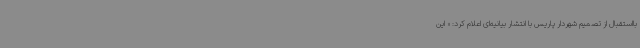
بااستقبال از تصمیم شهردار پاریس با انتشار بیانیه‌ای اعلام کرد: « این